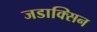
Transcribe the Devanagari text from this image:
जडाक्सिन